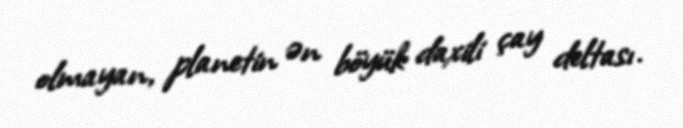
olmayan, planetin ən böyük daxili çay deltası.